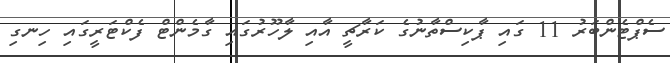
ސެޕްޓެންބަރު 11 ގައި ޕާކިސްތާނުގެ ކަރާޗީ އާއި ލާހޫރުގައި ގާމެންޓް ފެކްޓަރީގައި ހިނގި